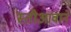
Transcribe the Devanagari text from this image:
स्तीआवाने